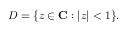
D = \{ z \in \mathbf { C } : | z | < 1 \} .